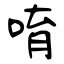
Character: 唷